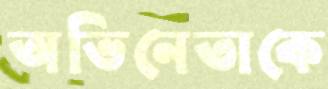
অভিনেতাকে